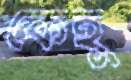
কেহু